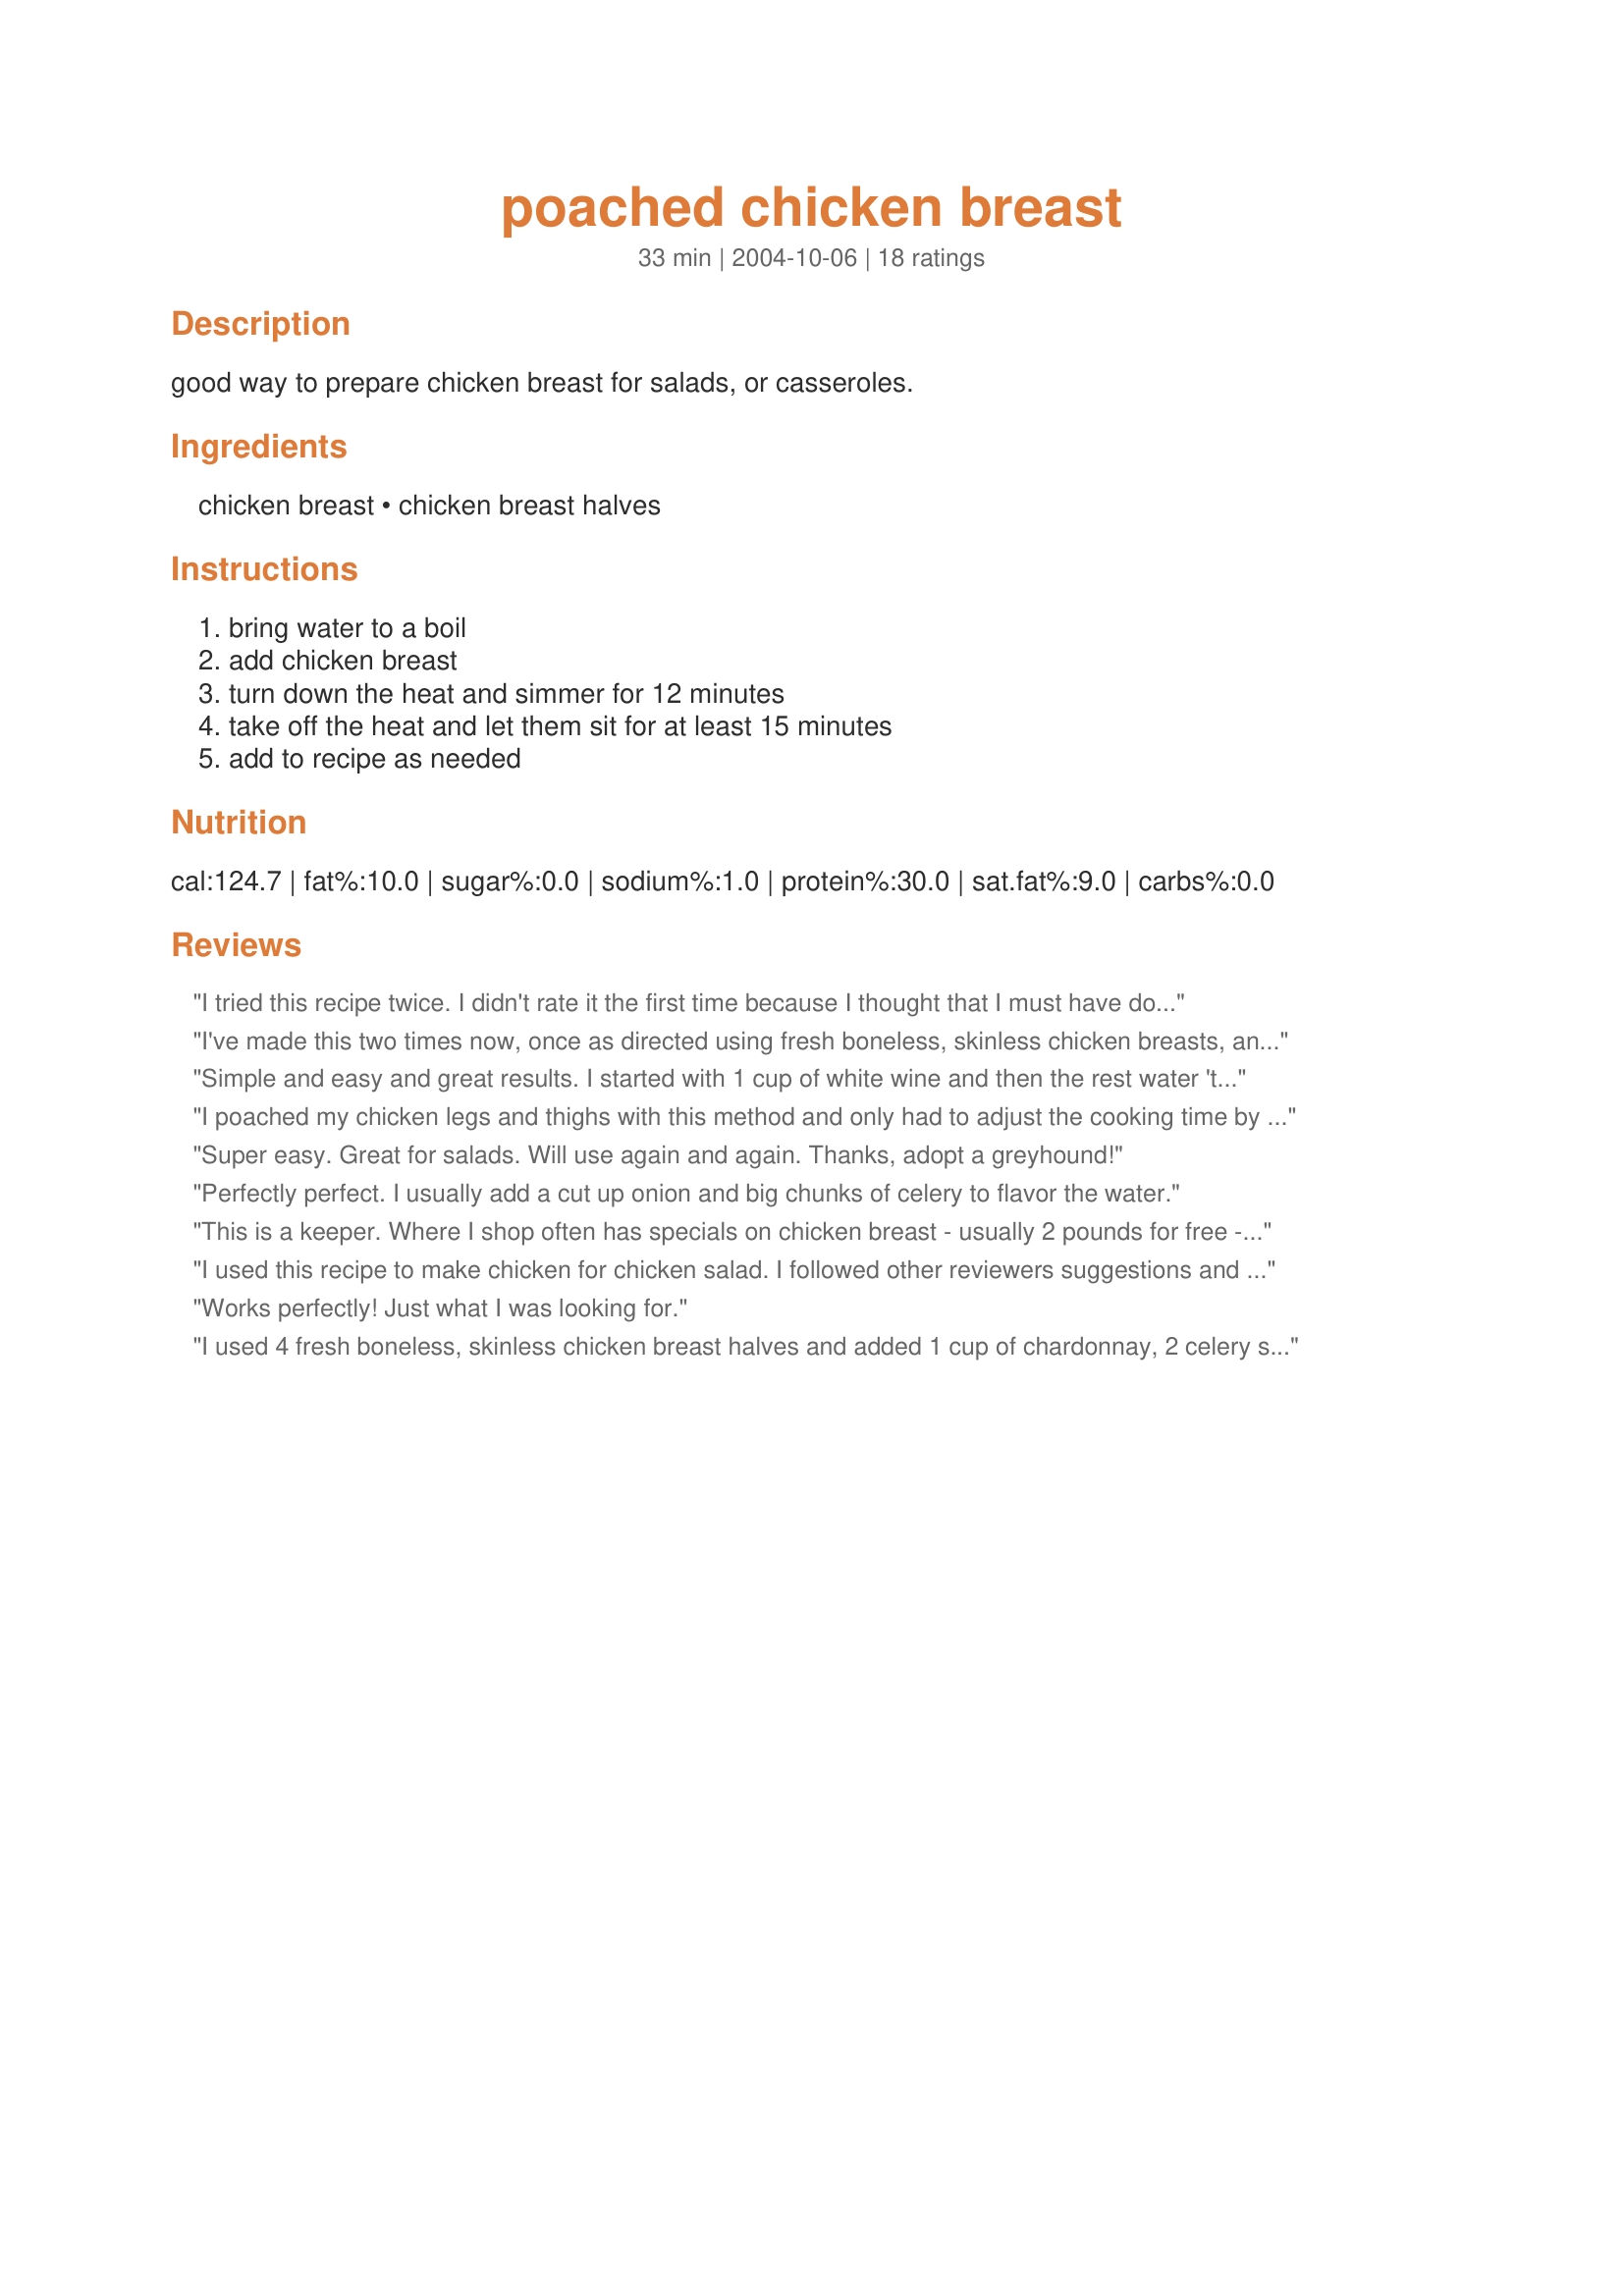
poached chicken breast
Preparation time: 33 minutes

good way to prepare chicken breast for salads, or casseroles.

Ingredients:
chicken breast, chicken breast halves

Steps:
bring water to a boil, add chicken breast, turn down the heat and simmer for 12 minutes, take off the heat and let them sit for at least 15 minutes, add to recipe as needed

Reviews:
I tried this recipe twice. I didn't rate it the first time because I thought that I must have done something wrong. While I didn't have to throw out the poached chicken, I did find that I had to use it in a meal that had enough other ingredients so that the tough chicken didn't stand out too much. I'll stick with my old way from now on.
I've made this two times now, once as directed using fresh boneless, skinless chicken breasts, and once using frozen boneless, skinless chicken breasts, since I had read here on recipezaar that boiling is a great way to thaw chicken. Both batches came out fantastically--plain and moist, just perfect to add to all sorts of recipes. Of course, cooking the frozen breasts took a bit longer (if you're going to do this, make sure to use a meat thermometer to ensure food safety). Next, I'm going to make a huge batch for the freezer, packaged into small portions so that I always have some chicken meat on hand. Great recipe, greyhound! Thanks.
Simple and easy and great results. I started with 1 cup of white wine and then the rest water 'til the chicken was covered. Also threw in some dry minced onion and some peppercorns. This made for some wonderful chicken salad!
I poached my chicken legs and thighs with this method and only had to adjust the cooking time by 10 minutes. Very nice and easy way to make chicken for a casserole.
Super easy. Great for salads. Will use again and again. Thanks, adopt a greyhound!
Perfectly perfect. I usually add a cut up onion and big chunks of celery to flavor the water.
This is a keeper. Where I shop often has specials on chicken breast - usually 2 pounds for free - and I end up with way more than I can use for the two of us in a week, let alone a meal. I used this recipe, with some celery seed and onion powder for flavoring. 

I used one breast a day or two later for a quick weeknight meal of chicken stir fry, and froze one to use several days later in a cold plate Nicoise type salad. It was just fine after being frozen and thawed. The others are ready and waiting for whatever - chicken salad? Drop in some broth with rice or pasta and veggies for a quick homemade soup? Maybe chopped up in a quesadilla?
I used this recipe to make chicken for chicken salad. I followed other reviewers suggestions and added celery seed, onion powder and bouillon to the water. I still thought the chicken was a bit bland but I just added extra ingredients to my salad.
Works perfectly! Just what I was looking for.
I used 4 fresh boneless, skinless chicken breast halves and added 1 cup of chardonnay, 2 celery stalks, 1 small onion, salt and a few peppercorns to the water. Chicken was flavorful, moist and tender!
Fantastic....It was perfect. Fast, Easy, Tender, Moist...need I say more? This was a first for me to poach chicken. It is so much cheaper than buying precooked chicken; never was enough in those packages anyway. I did add some onion powder and poultry seasoning to the water.....directions said to let the chicken rest in the broth for at least 15 minutes...might as well give it a little more flavor. I was using the chicken for a quick chicken soup and also chicken salad for sandwiches for work. This recipe is sure to get a work out. Thanks for posting.
Just the recipe I need! Thanks a million!!
As a culinary student, one of the first things we are taught about poaching is DO NOT BOIL! The ideal temperature for poaching is between 150 and 180 degrees Fahrenheit. Boiling will toughen the meat. We are also taught not to use water, as this will leach the flavor from the meat--instead, use a liquid that is more flavorful than the meat; stock, broth, etc. I'm not surprised that people have had to modify this recipe.
Very simple to make and cheaper than buying pre-packaged cooked chicken at the store. I did use half chicken broth and half water to cover the chicken breast. Shredded the chicken and made my sister chicken and noodles to reheat for dinner later in the week. Thank you adopt a greyhound!
I used 6 chicken breast halves, and used them in 3 recipes: Balsamic Chicken Pasta ##189905, Sour Cream Chicken Enchiladas #144002, and Chicken Noodle Soup 
#145203. It's a simple and economical way to have cooked chicken on hand. And I still had some left to pop in the freezer for another recipe later. The fact that it is unseasoned is a plus, no flavor conflicts when you use it in another recipe. Made for Alphabet Soup Game. Thanks for posting a time and money saving recipe!
I wasn't sure how long to poach for and this recipe answered that for me. A quick easy way to poach.
Used stock to add taste but thought it was a bit overcooked as written.
I use thighs, breasts and legs. I use salt, poultry seasoning, celery seeds. Drain the broth, add white pepper and freeze. Cut the chicken in cubes if possible and freeze for later use. Or I use the broth right away for noodle soup. 
I forget I use simple recipes all the time and never post so I am glad you did for adventurous and new cooks. Thanks!
